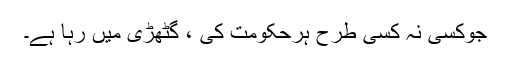
جوکسی نہ کسی طرح ہرحکومت کی ، گٹھڑی میں رہا ہے۔